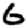
Digit: 6